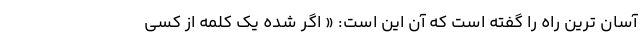
آسان ترین راه را گفته است که آن این است: « اگر شده یک کلمه از کسی